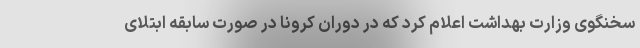
سخنگوی وزارت بهداشت اعلام کرد که در دوران کرونا در صورت سابقه ابتلای